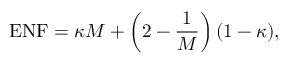
{ \mathrm { E N F } } = \kappa M + \left( 2 - { \frac { 1 } { M } } \right) ( 1 - \kappa ) ,